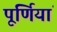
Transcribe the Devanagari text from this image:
पूर्णियां